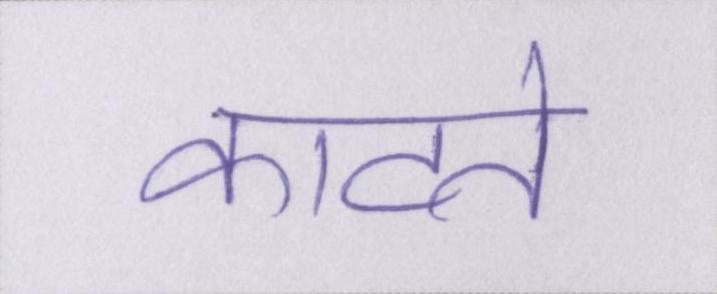
काटते